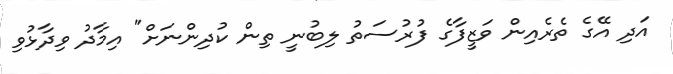
އަދި އޭގެ ތެރެއިން ވަޒީފާގެ ފުރުސަތު ލިބުނީ ތިން ކުދިންނަށް" އިމާދު ވިދާޅުވި